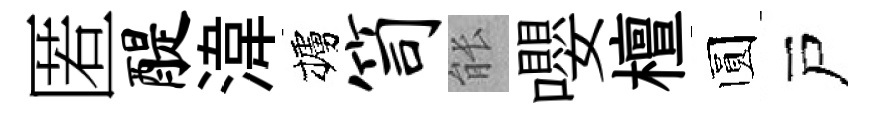
匿醍湋櫨笥䏻嚶檀圆戸